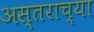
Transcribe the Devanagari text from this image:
अस्तराच्या